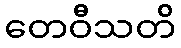
တေဝီသတိ